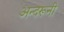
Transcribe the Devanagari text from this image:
अन्‍दरूनी